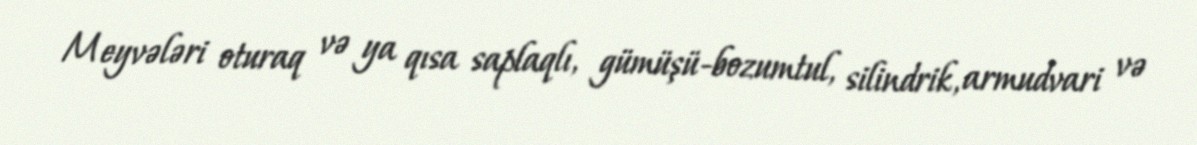
Meyvələri oturaq və ya qısa saplaqlı, gümüşü-bozumtul, silindrik, armudvari və